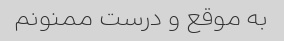
به موقع و درست ممنونم